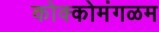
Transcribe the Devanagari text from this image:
कोक्कोमंगळम